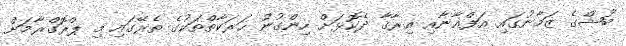
ބުޝްގެ ޒަމާނުގައި އަފްޣާނާއި ޢިރާޤާ ދެކޮޅަށް ހިންގުނު ޙަރަކާތްތަކުގެ ތެރޭގައި މި ޕްރޮގްރާމަށް